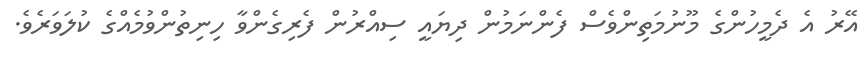
އޭރު އެ ދެމީހުންގެ މޫނުމަތިންވެސް ފެންނަމުން ދިޔައީ ސިއްރުން ފެރިގެންވާ ހިނިތުންވުމެއްގެ ކުލަވަރެވެ.